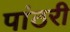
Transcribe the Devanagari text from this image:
पांठरी